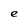
Character: e